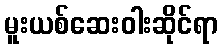
မူးယစ်ဆေးဝါးဆိုင်ရာ